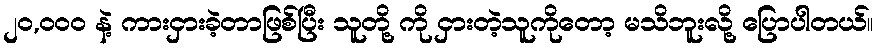
၂၀,၀၀၀ နဲ့ ကားငှားခဲ့တာဖြစ်ပြီး သူတို့ ကို ငှားတဲ့သူကိုတော့ မသိဘူးလို့ ပြောပါတယ်။